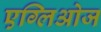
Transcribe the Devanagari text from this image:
एग्लिओज